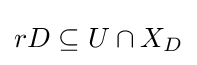
rD\subseteq U\cap X_{D}